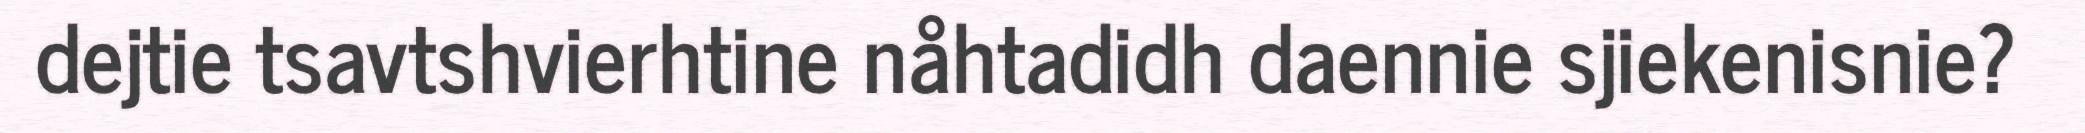
dejtie tsavtshvierhtine nåhtadidh daennie sjiekenisnie?